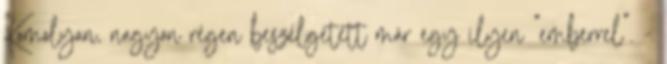
Komolyan, nagyon régen beszélgetett már egy ilyen "emberrel". -